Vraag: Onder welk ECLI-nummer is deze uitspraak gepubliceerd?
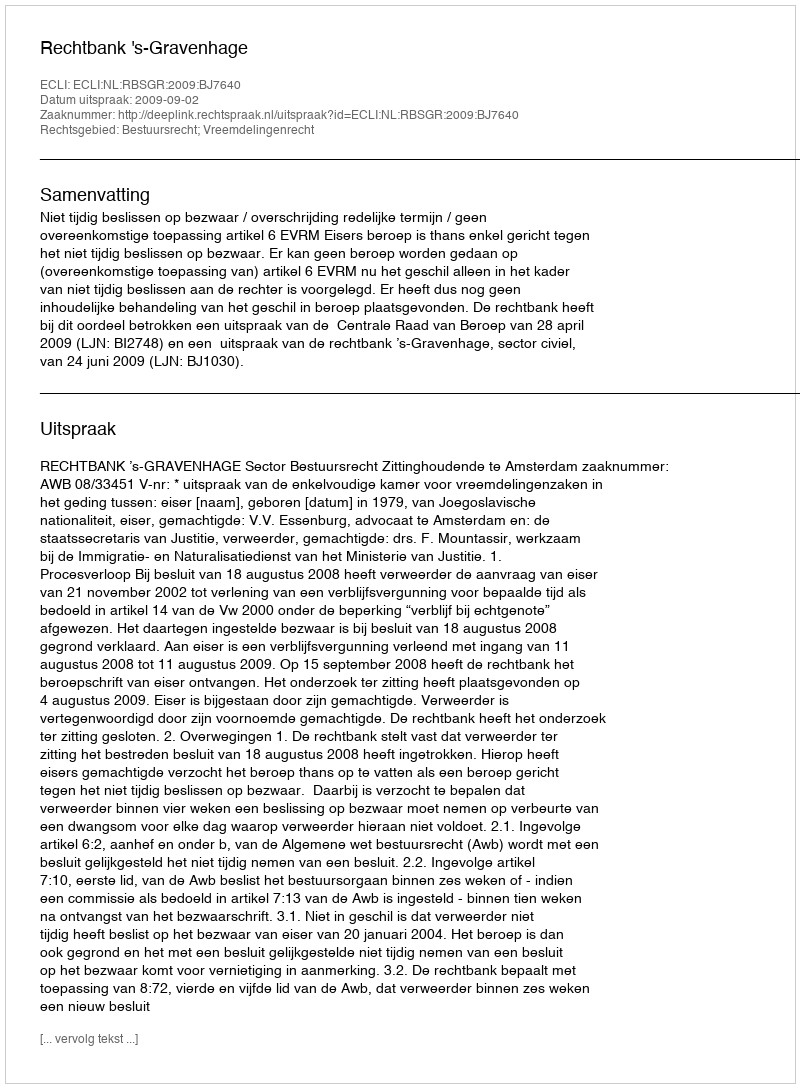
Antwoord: ECLI:NL:RBSGR:2009:BJ7640